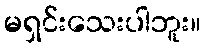
မရှင်းသေးပါဘူး။